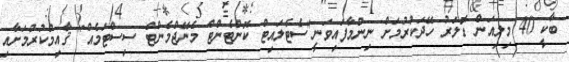
ބާކީ 40 މިލިއަން ޑޮލަރު ހޭދަކުރުމަށް ނިންމާފައިވަނީ"ސެޓެލައިޓް ކޮންޓެންޓް މެނޭޖްމެންޓް ސިސްޓަމެއް" ޤާއިމްކުރުމަށާއި